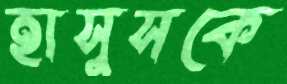
হাসুসকে